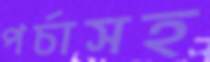
পর্চাসহ